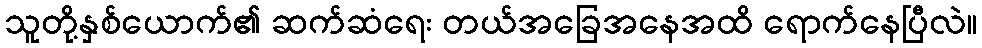
သူတို့နှစ်ယောက်၏ ဆက်ဆံရေး တယ်အခြေအနေအထိ ရောက်နေပြီလဲ။